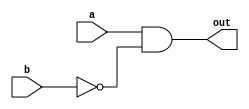
`timescale 1ns/1ps

module Universal_Gate(a, b, out);
input a, b;
output out;
wire nb;

not n1(nb, b);
and a1(out, a, nb);

endmodule